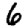
Digit: 6